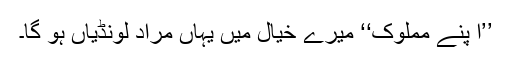
’’ا پنے مملوک‘‘ میرے خیال میں یہاں مراد لونڈیاں ہو گا۔